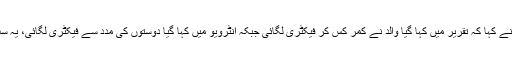
جسٹس آصف سعید کھوسہ نے کہا کہ تقریر میں کہا گیا والد نے کمر کس کر فیکٹری لگائی جبکہ انٹرویو میں کہا گیا دوستوں کی مدد سے فیکٹری لگائی، یہ سب کیا ہے جاننا چاہتے ہیں۔